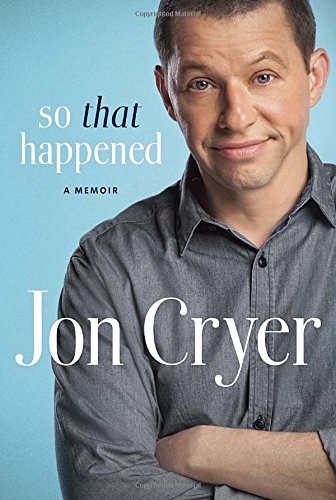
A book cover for So That Happened: A Memoir; Jon Cryer; Humor & Entertainment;